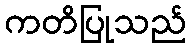
ကတိပြုသည်